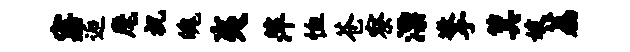
寤逅麾祝魄夷萍恤苍察漂擎箕妓荔